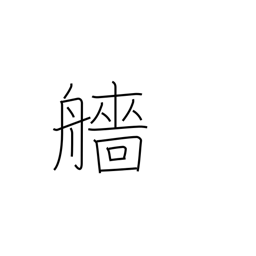
Meaning: stern